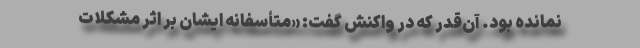
نمانده بود. آن‌قدر که در واکنش گفت: «متأسفانه ایشان بر اثر مشکلات